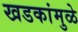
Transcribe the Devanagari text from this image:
खडकांमुळे